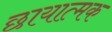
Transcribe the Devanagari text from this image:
छायात्मक